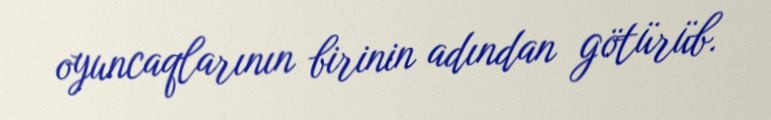
oyuncaqlarının birinin adından götürüb.